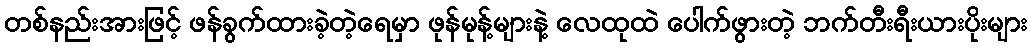
တစ်နည်းအားဖြင့် ဖန်ခွက်ထားခဲ့တဲ့ရေမှာ ဖုန်မုန့်များနဲ့ လေထုထဲ ပေါက်ဖွားတဲ့ ဘက်တီးရီးယားပိုးများ